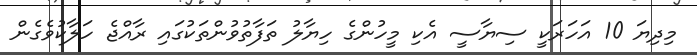
މިދިޔަ 10 އަހަރަކީ ސިޔާސީ އެކި މީހުންގެ ހިޔާލު ތަފާތުވުންތަކުގައި ރާއްޖެ ހަލާކުވެގެން